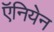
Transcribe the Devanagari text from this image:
ऍनियेन